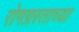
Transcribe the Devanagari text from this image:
रोगग्रस्ताच्या